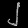
Digit: ၂